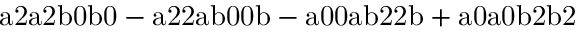
\mathrm { a 2 a 2 b 0 b 0 - a 2 2 a b 0 0 b - a 0 0 a b 2 2 b + a 0 a 0 b 2 b 2 }